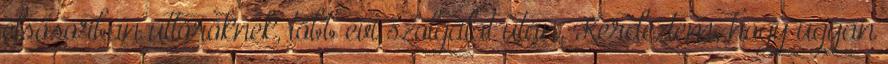
elsősorban úttörőknek, több évi szolgálat után. Kérdeztem, hogy ugyan